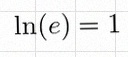
\ln(e)=1